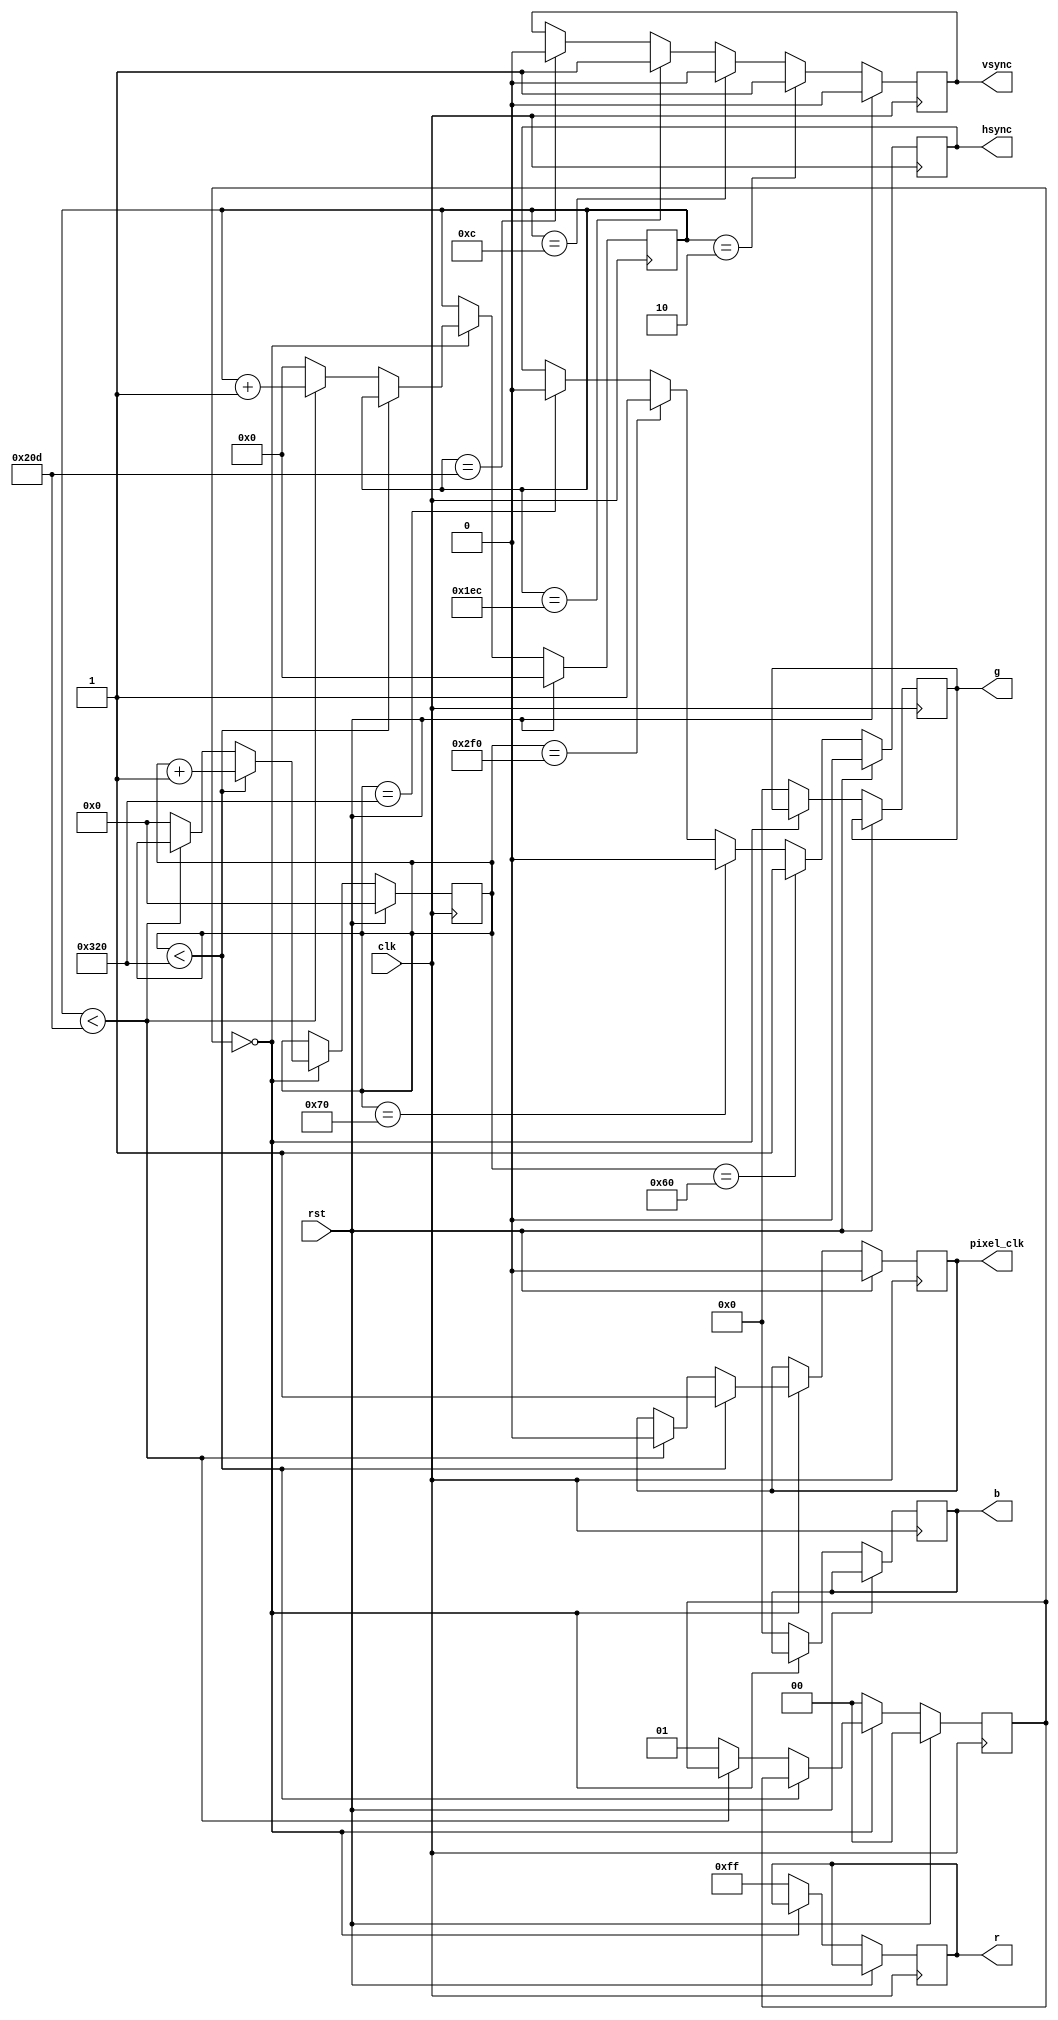
module VGAController (
    input clk,
    input rst,
    output reg hsync,
    output reg vsync,
    output reg pixel_clk,
    output reg [7:0] r,
    output reg [7:0] g,
    output reg [7:0] b
);

reg [10:0] h_count;
reg [11:0] v_count;
reg [1:0] state;

parameter H_SYNC_CYCLES = 96; // Horizontal sync pulse width
parameter H_FRONT_PORCH = 16; // Horizontal front porch
parameter H_BACK_PORCH = 48; // Horizontal back porch
parameter V_SYNC_LINES = 2; // Vertical sync pulse width
parameter V_FRONT_PORCH = 10; // Vertical front porch
parameter V_BACK_PORCH = 33; // Vertical back porch
parameter H_RES = 640; // Horizontal resolution
parameter V_RES = 480; // Vertical resolution

always @(posedge clk) begin
    if (rst) begin
        h_count <= 0;
        v_count <= 0;
        state <= 0;
        hsync <= 0;
        vsync <= 0;
        pixel_clk <= 0;
    end else begin
        if (h_count == H_SYNC_CYCLES) begin
            hsync <= 1;
        end else if (h_count == H_SYNC_CYCLES + H_FRONT_PORCH) begin
            hsync <= 0;
        end else if (h_count == H_SYNC_CYCLES + H_FRONT_PORCH + H_RES) begin
            hsync <= 1;
        end else if (h_count == H_SYNC_CYCLES + H_FRONT_PORCH + H_RES + H_BACK_PORCH) begin
            hsync <= 0;
        end
        
        if (v_count == V_SYNC_LINES) begin
            vsync <= 1;
        end else if (v_count == V_SYNC_LINES + V_FRONT_PORCH) begin
            vsync <= 0;
        end else if (v_count == V_SYNC_LINES + V_FRONT_PORCH + V_RES) begin
            vsync <= 1;
        end else if (v_count == V_SYNC_LINES + V_FRONT_PORCH + V_RES + V_BACK_PORCH) begin
            vsync <= 0;
        end
        
        if (state == 0) begin
            if (h_count < H_SYNC_CYCLES + H_FRONT_PORCH + H_RES + H_BACK_PORCH) begin
                pixel_clk <= 1;
                h_count <= h_count + 1;
            end else if (v_count < V_SYNC_LINES + V_FRONT_PORCH + V_RES + V_BACK_PORCH) begin
                pixel_clk <= 0;
                v_count <= v_count + 1;
            end else begin
                h_count <= 0;
                v_count <= 0;
                state <= 1;
            end
        end else begin
            // logic to generate RGB values based on pixel position
            // assuming 8-bit RGB values for simplicity
            r <= 255; // example values, replace with actual logic
            g <= 0;
            b <= 0;
            state <= 0;
        end
    end
end

endmodule